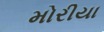
મોરીયા